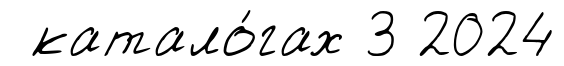
катало́гах 3 2024